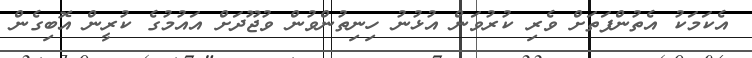
އެކަމަކު އެތުންފަތަށް ވެރި ކުރުވަން އުޅުނު ހިނިތުންވުން ވުޖޫދަށް އައުމުގެ ކުރީން އޮބިގެން